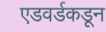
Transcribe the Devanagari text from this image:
एडवर्डकडून